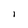
Character: 1